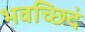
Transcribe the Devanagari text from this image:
भवच्छिदं